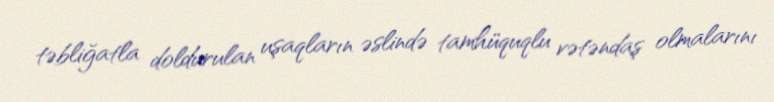
təbliğatla doldurulan uşaqların əslində tamhüquqlu vətəndaş olmalarını